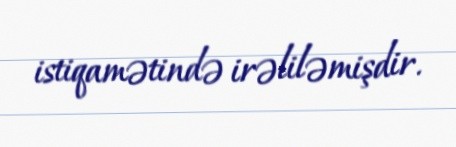
istiqamətində irəliləmişdir.